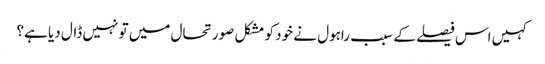
کہیں اس فیصلے کے سبب راہول نے خود کو مشکل صورتحال میں تو نہیں ڈال دیا ہے؟